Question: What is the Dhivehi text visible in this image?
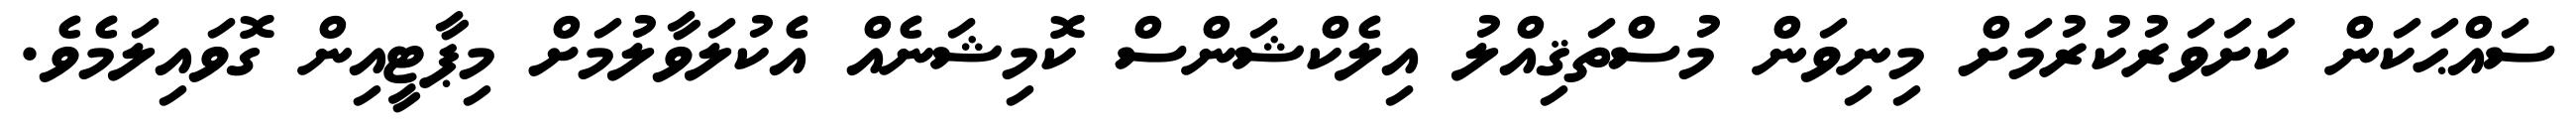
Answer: ސައްޙަކަން ކަށަވަރުކުރުމަށް މިނިވަން މުސްތަޤިއްލު އިލެކްޝަންސް ކޮމިޝަނެއް އެކުލަވާލުމަށް މިޕާޓީއިން ގޮވައިލަމެވެ.